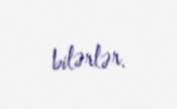
bilərlər.